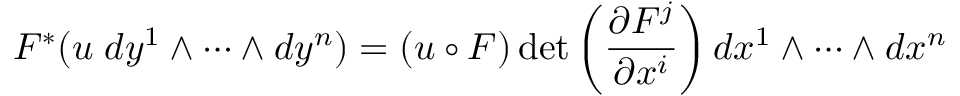
F ^ { * } ( u \; d y ^ { 1 } \wedge \cdots \wedge d y ^ { n } ) = ( u \circ F ) \operatorname* { d e t } \left( { \frac { \partial F ^ { j } } { \partial x ^ { i } } } \right) d x ^ { 1 } \wedge \cdots \wedge d x ^ { n }